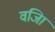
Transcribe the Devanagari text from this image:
वजिा